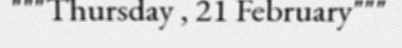
"""Thursday , 21 February"""